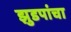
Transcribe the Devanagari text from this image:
झुडपांचा